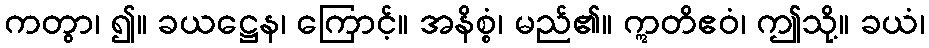
ကတွာ၊ ၍။ ခယဋ္ဌေန၊ ကြောင့်။ အနိစ္စံ၊ မည်၏။ ဣတိဧဝံ၊ ဤသို့။ ခယံ၊